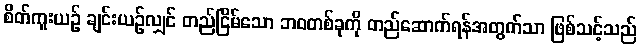
စိတ်ကူးယဉ် ချင်းယဉ်လျှင် တည်ငြိမ်သော ဘဝတစ်ခုကို တည်ဆောက်ရန်အတွက်သာ ဖြစ်သင့်သည်